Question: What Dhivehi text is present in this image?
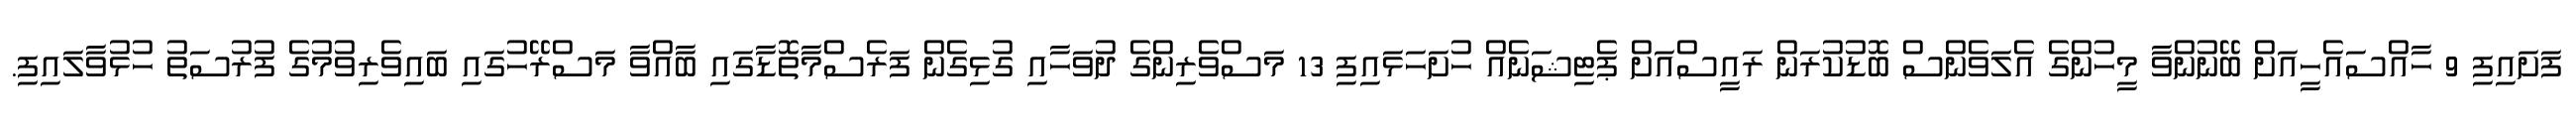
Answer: ފަށައިފި 9 ހާއްސައެހީއަށް ބޭނުންވާ މީހުންގެ އެލަވެންސް ބޮޑުކުރަން ރައީސްއަށް ޕެޓިޝަނެއް ހުށަހަޅައިފި 13 މަސްވެރިންގެ ދުވަހާއި ގުޅިގެން ފަރެސްމާތޮޑާގައި ބާއްވާ މަސްރޭހުގައި ބައިވެރިވުމުގެ ފުރުސަތު ހުޅުވާލައިފި.